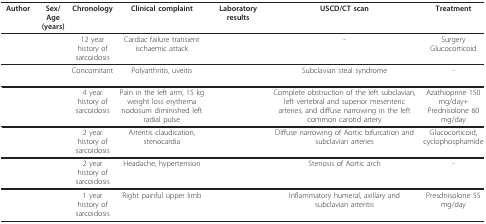
<table><thead><tr><td><b>Author</b></td><td><b>Sex/Age (years)</b></td><td><b>Chronology</b></td><td><b>Clinical complaint</b></td><td><b>Laboratory results</b></td><td><b>USCD/CT scan</b></td><td><b>Treatment</b></td></tr></thead><tbody><tr><td>[EMPTY_CELL]</td><td>[EMPTY_CELL]</td><td>12 year history of sarcoidosis</td><td>Cardiac failure transient ischaemic attack</td><td>[EMPTY_CELL]</td><td>-</td><td>Surgery Glucocorticoid</td></tr><tr><td>[EMPTY_CELL]</td><td>[EMPTY_CELL]</td><td>Concomitant</td><td>Polyarthritis, uveitis</td><td>[EMPTY_CELL]</td><td>Subclavian steal syndrome</td><td>-</td></tr><tr><td>[EMPTY_CELL]</td><td>[EMPTY_CELL]</td><td>4 year history of sarcoidosis</td><td>Pain in the left arm, 15 kg weight loss erythema nodosum diminished left radial pulse</td><td>[EMPTY_CELL]</td><td>Complete obstruction of the left subclavian, left vertebral and superior mesenteric arteries, and diffuse narrowing in the left common carotid artery</td><td>Azathioprine 150 mg/day+ Prednisolone 60 mg/day</td></tr><tr><td>[EMPTY_CELL]</td><td>[EMPTY_CELL]</td><td>2 year history of sarcoidosis</td><td>Arteritis claudication, stenocardia</td><td>[EMPTY_CELL]</td><td>Diffuse narrowing of Aortic bifurcation and subclavian arteries</td><td>Glucocorticoid, cyclophosphamide</td></tr><tr><td>[EMPTY_CELL]</td><td>[EMPTY_CELL]</td><td>2 year history of sarcoidosis</td><td>Headache, hypertension</td><td>[EMPTY_CELL]</td><td>Stenosis of Aortic arch</td><td>-</td></tr><tr><td>[EMPTY_CELL]</td><td>[EMPTY_CELL]</td><td>1 year history of sarcoidosis</td><td>Right painful upper limb</td><td>[EMPTY_CELL]</td><td>Inflammatory humeral, axillary and subclavian arteritis</td><td>Presdnisolone 55 mg/day</td></tr></tbody></table>